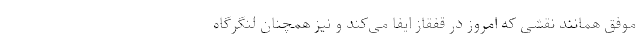
موفق همانند نقشی که امروز در قفقاز ایفا می‌کند و نیز همچنان لنگرگاه